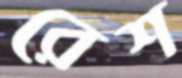
রেশ